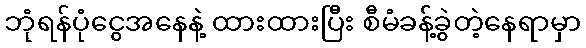
ဘုံရန်ပုံငွေအနေနဲ့ ထားထားပြီး စီမံခန့်ခွဲတဲ့နေရာမှာ